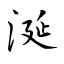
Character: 涎